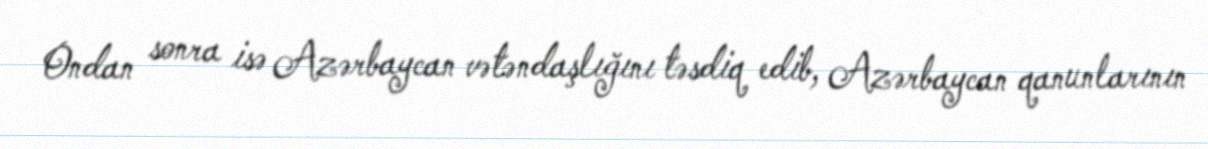
Ondan sonra isə Azərbaycan vətəndaşlığını təsdiq edib, Azərbaycan qanunlarının